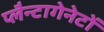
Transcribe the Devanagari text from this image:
प्लैन्टागेनेटों